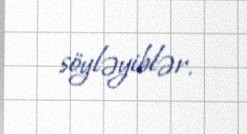
söyləyiblər.